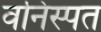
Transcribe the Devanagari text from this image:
वनिस्पत